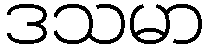
ဒသမာ